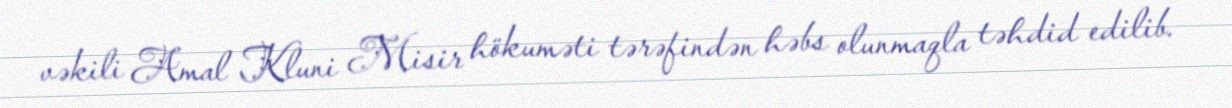
vəkili Amal Kluni Misir hökuməti tərəfindən həbs olunmaqla təhdid edilib.